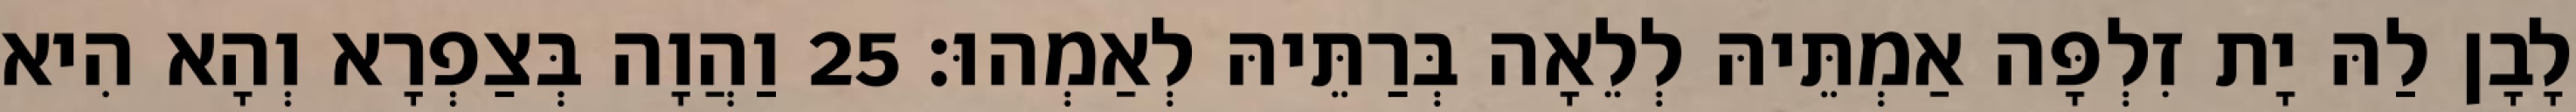
לָבָן לַהּ יָת זִלְפָּה אַמְתֵּיהּ לְלֵאָה בְּרַתֵּיהּ לְאַמְהוּ׃ 25 וַהֲוָה בְּצַפְרָא וְהָא הִיא